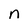
Character: n